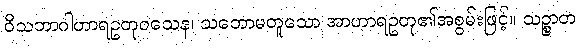
ဝိသဘာဂါဟာရဥတုဝသေန၊ သဘောမတူသော အာဟာရဥတု၏အစွမ်းဖြင့်။ သဉ္စာတ